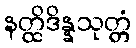
နတ္ထိဒိန္နသုတ္တံ